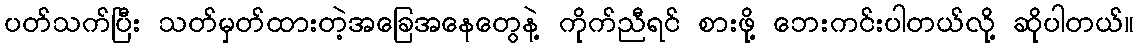
ပတ်သက်ပြီး သတ်မှတ်ထားတဲ့အခြေအနေတွေနဲ့ ကိုက်ညီရင် စားဖို့ ဘေးကင်းပါတယ်လို့ ဆိုပါတယ်။